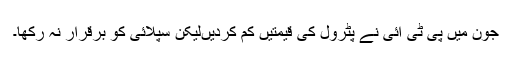
جون میں پی ٹی آئی نے پٹرول کی قیمتیں کم کردیںلیکن سپلائی کو برقرار نہ رکھا۔